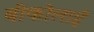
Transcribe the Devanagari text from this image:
बीकोलाई